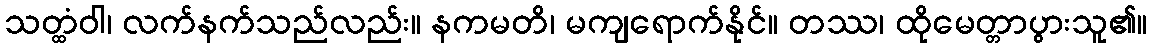
သတ္ထံဝါ၊ လက်နက်သည်လည်း။ နကမတိ၊ မကျရောက်နိုင်။ တဿ၊ ထိုမေတ္တာပွားသူ၏။